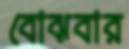
বোঝবার